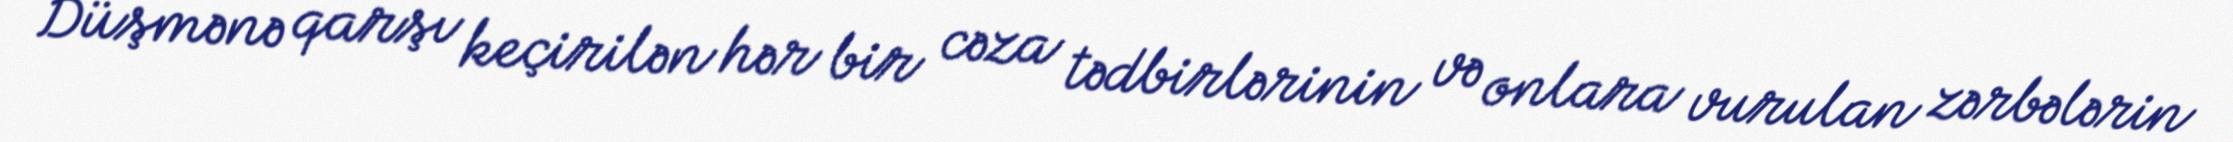
Düşmənə qarşı keçirilən hər bir cəza tədbirlərinin və onlara vurulan zərbələrin